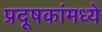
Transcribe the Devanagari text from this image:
प्रदूषकांमध्ये